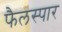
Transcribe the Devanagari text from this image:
फैलस्पार